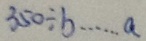
3 5 0 \div b \cdots a